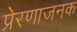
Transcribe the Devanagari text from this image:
प्रेरणाजनक